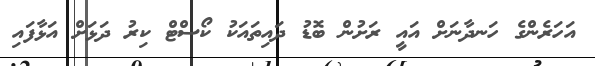
އަހަރެންގެ ހަނދާނަށް އައީ ރަށުން ބޮޑު ދައިތައަކު ކޯސްޓް ކިރު ދަޅަށް އަޅާފައި